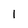
Character: 1